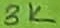
Text: 3K